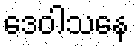
ဒေဝါသနေ